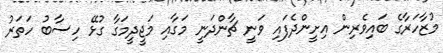
މުޒާހަރާގެ ބައިވެރިން އިށީންދެފައި ވަނީ ޗާންދަނީ މަގާއި މަޖީދީމަގާ ގުޅޭ ހިސާބު ހަތަރު